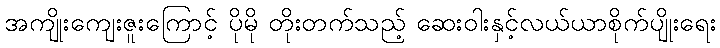
အကျိုးကျေးဇူးကြောင့် ပိုမို တိုးတက်သည့် ဆေးဝါးနှင့်လယ်ယာစိုက်ပျိုးရေး